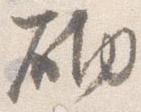
砌